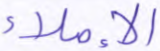
الإملاء